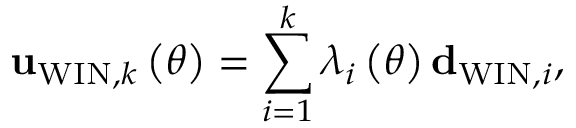
{ \bf u } _ { \mathrm { W I N } , k } \left( \theta \right) = \sum _ { i = 1 } ^ { k } \lambda _ { i } \left( \theta \right) { \bf d } _ { \mathrm { W I N } , i } ,